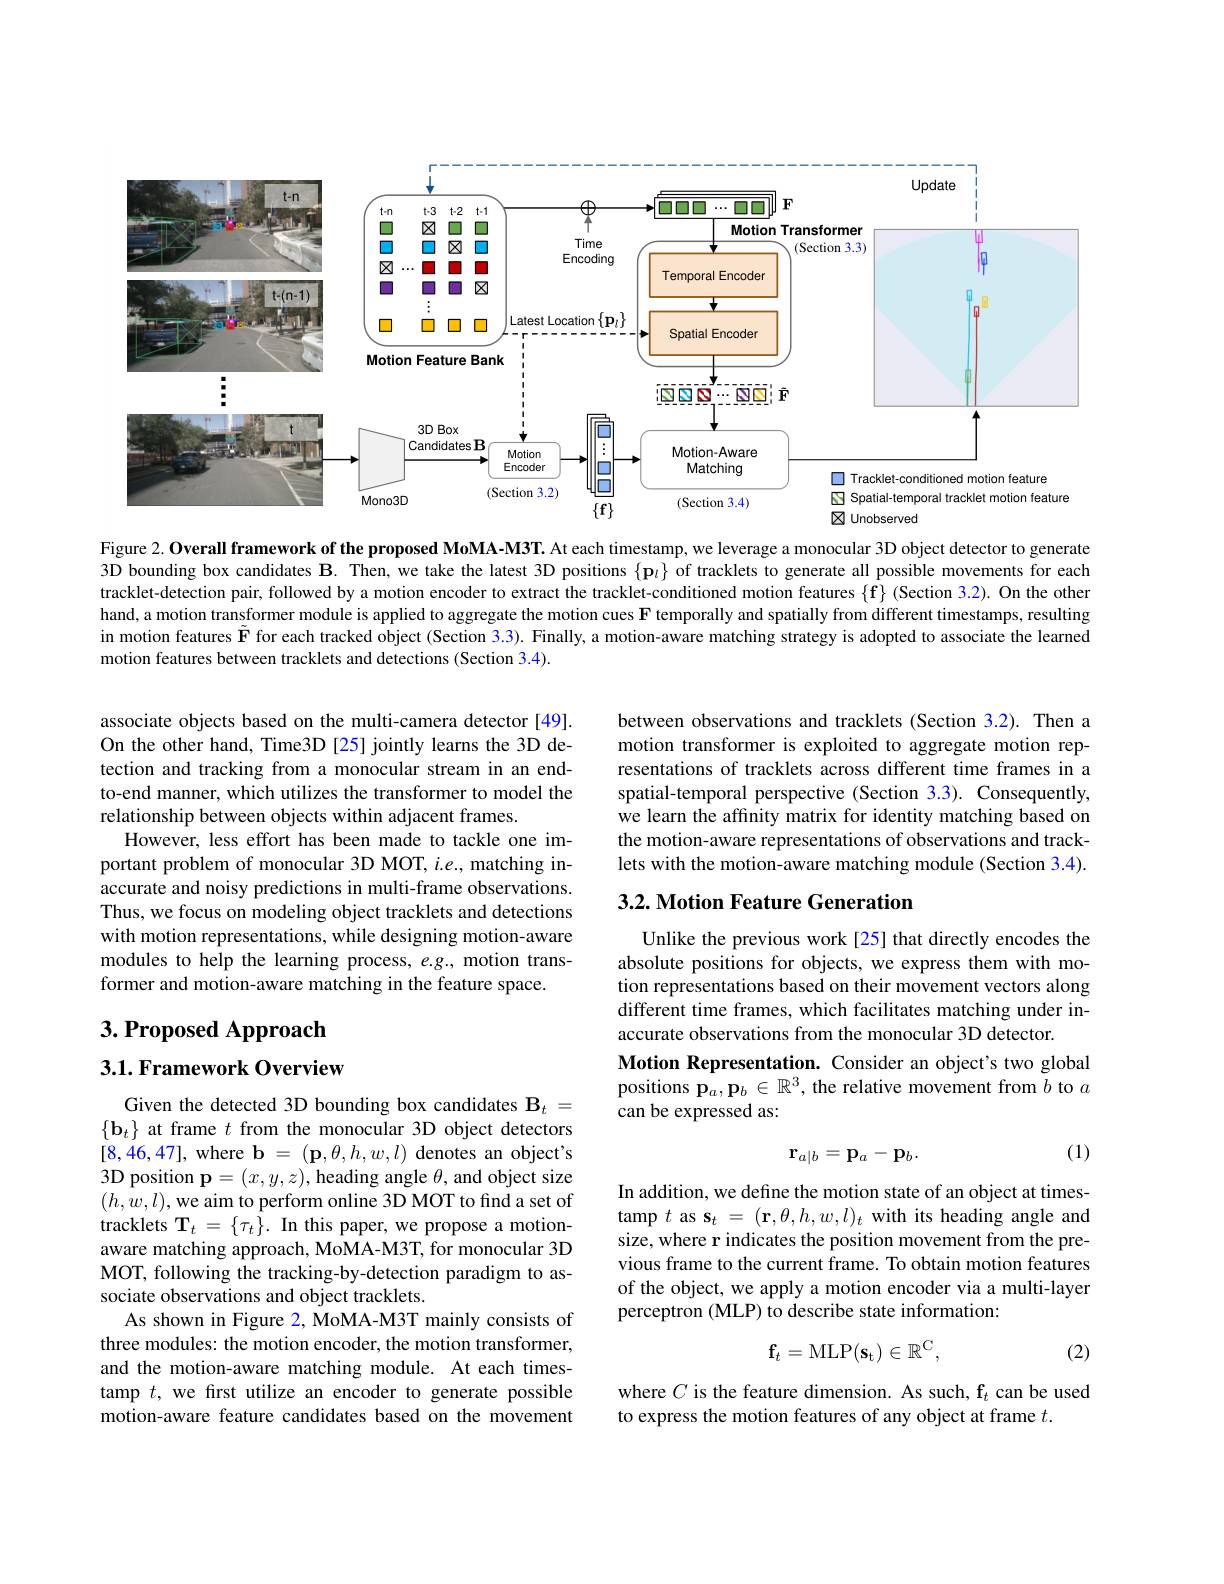
<FigureHere>

Figure 2. Overall framework of the proposed MoMA-M3T. At each timestamp, we leverage a monocular 3D object detector to generate 3D bounding box candidates B. Then, we take the latest 3D positions $\{\mathbf{p}_{\iota}\}$ of tracklets to generate all possible movements for each tracklet-detection pair, followed by a motion encoder to extract the tracklet-conditioned motion features $\{\mathbf{f}\}$ (Section 3.2). On the other hand, a motion transformer module is applied to aggregate the motion cues $\mathbf{F}$ temporally and spatially from different timestamps, resulting in motion features $\tilde{\mathbf{F}}$ for each tracked object (Section 3.3). Finally, a motion-aware matching strategy is adopted to associate the learned motion features between tracklets and detections (Section 3.4).

between observations and tracklets (Section 3.2). Then a motion transformer is exploited to aggregate motion representations of tracklets across different time frames in a spatial-temporal perspective (Section 3.3). Consequently, we learn the affinity matrix for identity matching based on the motion-aware representations of observations and tracklets with the motion-aware matching module (Section 3.4).

associate objects based on the multi-camera detector [49]. On the other hand, Time3D [25] jointly learns the 3D detection and tracking from a monocular stream in an endto-end manner, which utilizes the transformer to model the relationship between objects within adjacent frames.
However, less effort has been made to tackle one important problem of monocular 3D MOT, $i.e.$, matching inaccurate and noisy predictions in multi-frame observations. Thus, we focus on modeling object tracklets and detections with motion representations, while designing motion-aware modules to help the learning process, e.g., motion transformer and motion-aware matching in the feature space.

## 3.2. Motion Feature Generation

Unlike the previous work [25] that directly encodes the absolute positions for objects, we express them with motion representations based on their movement vectors along different time frames, which facilitates matching under inaccurate observations from the monocular 3D detector.
Motion Representation. Consider an object's two global positions $\mathbf{p}_a,\mathbf{p}_b\in\mathbb{R}^3$, the relative movement from $b$ to $a$ can be expressed as:

# $3. \textbf{Proposed Approach}$ 3.1. Framework Overview

(1)
$$\mathbf{r}_{a|b}=\mathbf{p}_a-\mathbf{p}_b.$$
In addition, we define the motion state of an object at timestamp $t$ as $\mathbf{s}_t=(\mathbf{r},\theta,h,w,l)_t$ with its heading angle and size, where r indicates the position movement from the previous frame to the current frame. To obtain motion features of the object, we apply a motion encoder via a multi-layer perceptron (MLP) to describe state information:

Given the detected 3D bounding box candidates $\mathbf{B}_{t}=$ $\{\mathbf{b}_t\}$ at frame $t$ from the monocular 3D object detectors [8,46,47], where $\mathbf{b}=(\mathbf{p},\theta,h,w,l)$ denotes an object's 3D position p$=(x,y,z)$,heading angle $\theta$, and object size $(h,w,l)$,we aim to perform online 3D MOT to find a set of tracklets $\mathbf{T}_t=\{\tau_t\}.$ In this paper, we propose a motionaware matching approach, MoMA-M3T, for monocular 3D MOT, following the tracking-by-detection paradigm to associate observations and object tracklets.
As shown in Figure 2, MoMA-M3T mainly consists of three modules: the motion encoder, the motion transformer, and the motion-aware matching module. At each timestamp $t$, we first utilize an encoder to generate possible motion-aware feature candidates based on the movement
$$\mathbf{f}_t=\mathrm{MLP}(\mathbf{s}_\mathrm{t})\in\mathbb{R}^\mathrm{C},$$
(2)

where $C$ is the feature dimension. As such, $\mathbf{f}_t$ can be used
to express the motion features of any object at frame $t.$